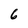
Character: 6